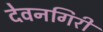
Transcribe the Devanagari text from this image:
देवनगिरी